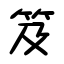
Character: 笈